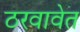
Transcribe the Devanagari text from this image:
ठरवावेत